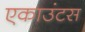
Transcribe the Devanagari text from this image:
एकाउंटस